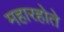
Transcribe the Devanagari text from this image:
महारहोते